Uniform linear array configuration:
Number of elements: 8
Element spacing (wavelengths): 0.75
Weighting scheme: blackman
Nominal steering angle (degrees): -15
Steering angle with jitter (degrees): -14.238
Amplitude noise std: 0.05
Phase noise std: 0.05

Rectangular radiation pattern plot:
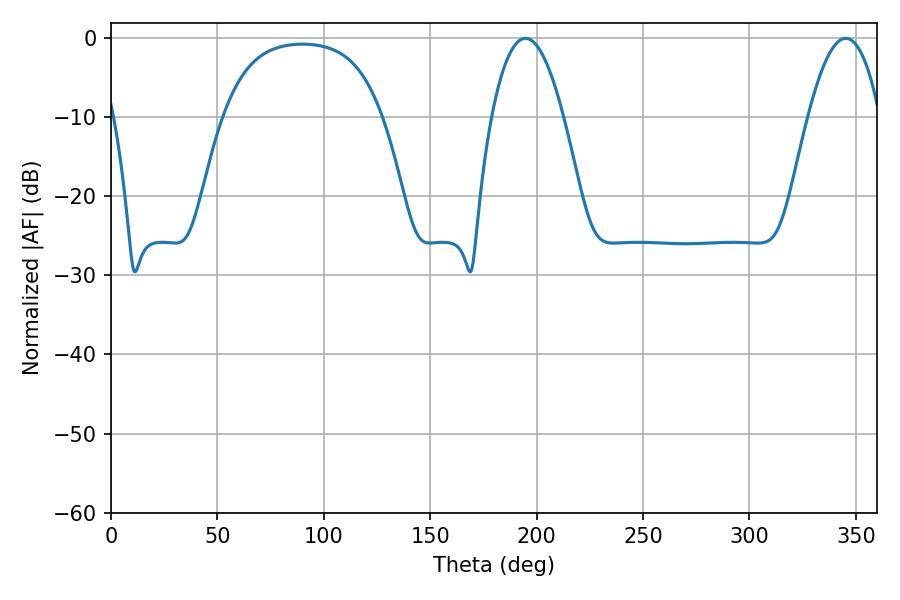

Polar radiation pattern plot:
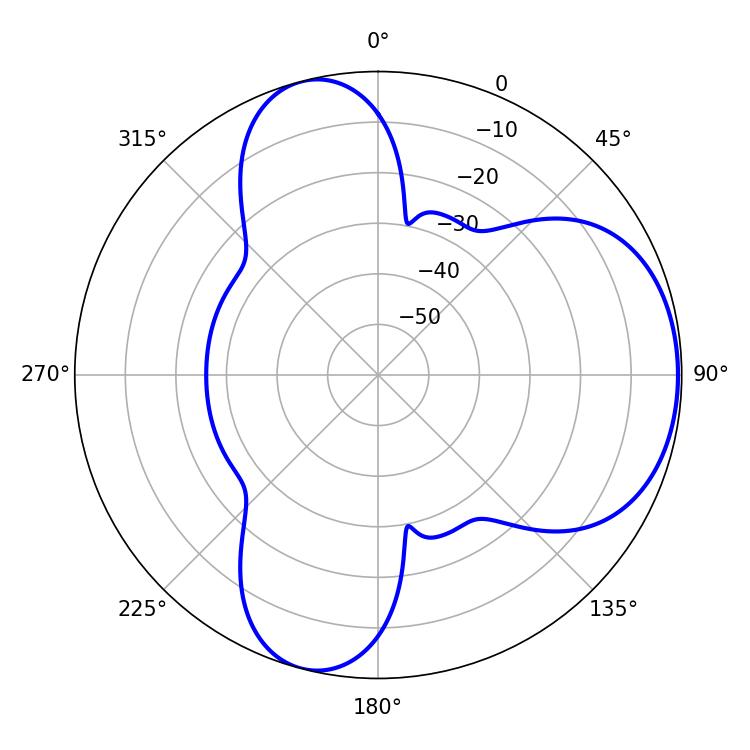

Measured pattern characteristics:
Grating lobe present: TRUE
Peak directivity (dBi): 5.781
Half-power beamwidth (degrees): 18.54
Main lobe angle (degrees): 194.76